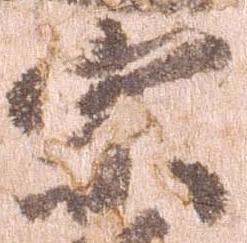
宗